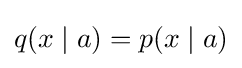
q(x\mid a)=p(x\mid a)